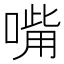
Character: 𠹮